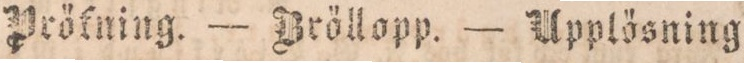
Prökning. — Bröllopp. — Upplösning.